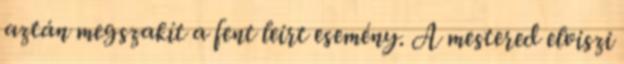
aztán megszakít a fent leírt esemény. A mestered elviszi